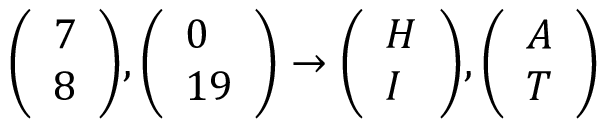
{ \left( \begin{array} { l } { 7 } \\ { 8 } \end{array} \right) } , { \left( \begin{array} { l } { 0 } \\ { 1 9 } \end{array} \right) } \to { \left( \begin{array} { l } { H } \\ { I } \end{array} \right) } , { \left( \begin{array} { l } { A } \\ { T } \end{array} \right) }